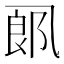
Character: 𱎋